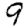
Digit: 9